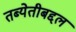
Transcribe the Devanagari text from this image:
तब्येतीबद्दल